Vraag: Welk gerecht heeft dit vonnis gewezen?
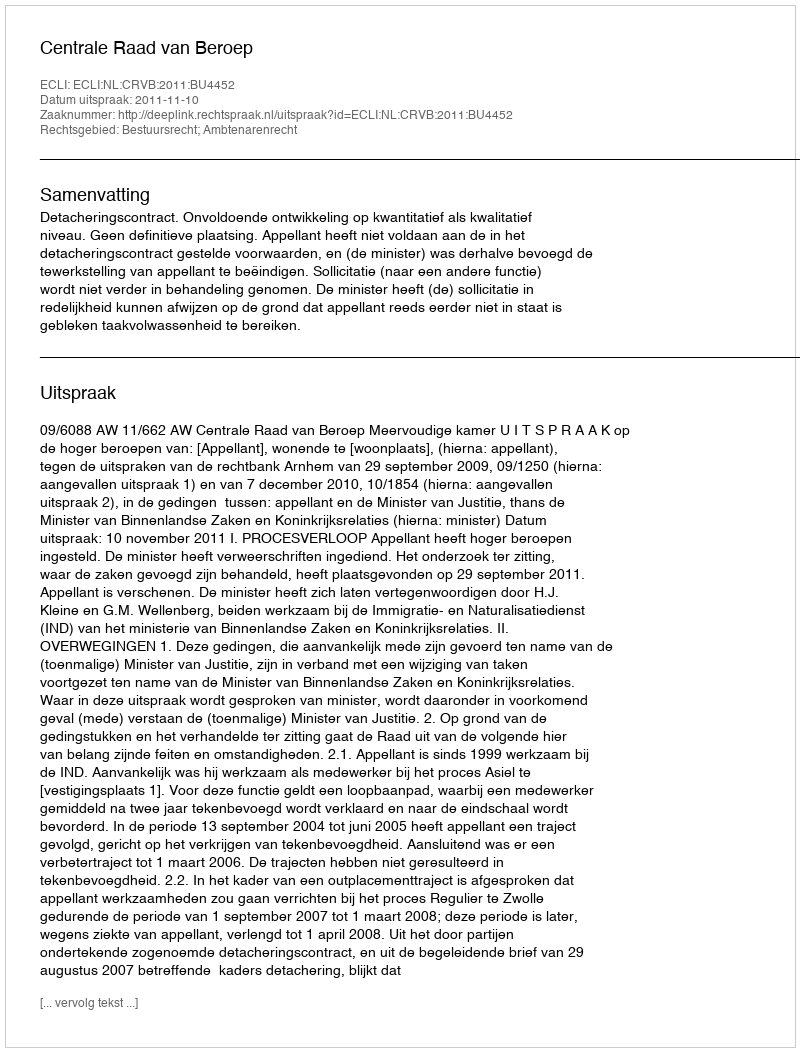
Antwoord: Centrale Raad van Beroep